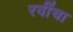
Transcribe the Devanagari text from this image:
रवींचा